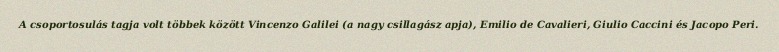
A csoportosulás tagja volt többek között Vincenzo Galilei (a nagy csillagász apja), Emilio de Cavalieri, Giulio Caccini és Jacopo Peri.